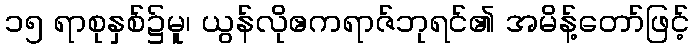
၁၅ ရာစုနှစ်၌မူ၊ ယွန်လိုဧကရာဇ်ဘုရင်၏ အမိန့်တော်ဖြင့်